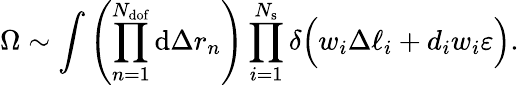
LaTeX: \Omega\sim\int{\left(\prod_{n=1}^{N_{\mathrm{dof}}}{\mathrm{d}\Delta r_{n}}\right)\prod_{i=1}^{N_{\mathrm{s}}}{\delta\Big(w_{i}\Delta\ell_{i}+d_{i}w_{i}\varepsilon\Big)}}.